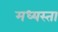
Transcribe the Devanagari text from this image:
मध्‍यस्ता